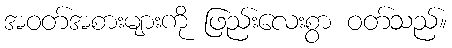
အဝတ်အစားများကို ဖြည်းလေးစွာ ဝတ်သည်။